Vaccination in Bombay 1869-1873 - 1869-1873
Year: 1869
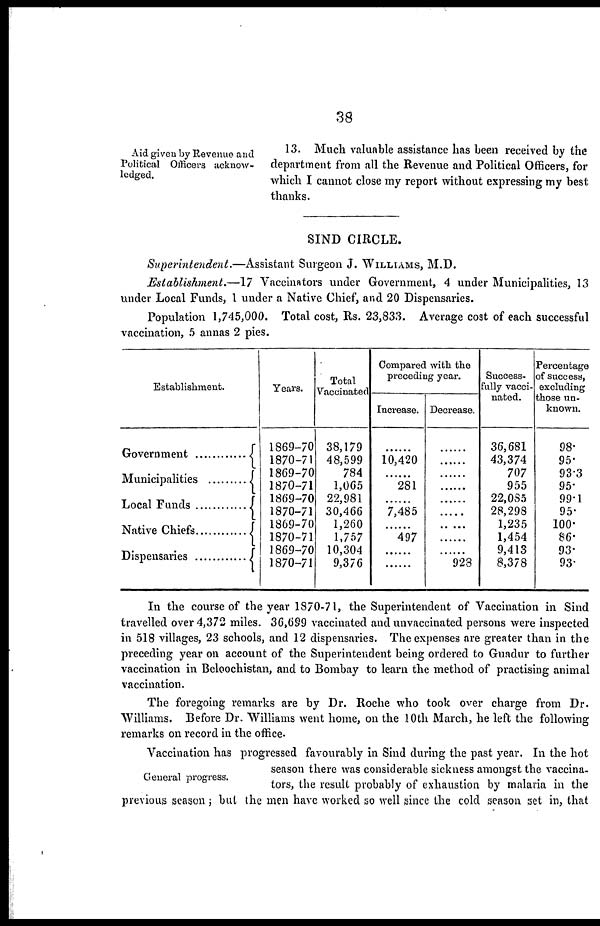
38
Aid given by Revenue and
Political Officers acknow-
ledged.
13. Much valuable assistance has been received by the
department from all the Revenue and Political Officers, for
which I cannot close my report without expressing my best
thanks.
SIND CIRCLE.
Superintendent.—Assistant
Surgeon J. WILLIAMS, M.D.
Establishment.—17
Vaccinators under Government, 4 under Municipalities, 13
under Local Funds, 1 under a Native Chief, and 20 Dispensaries.
Population 1,745,000. Total cost, Rs. 23,833. Average cost of each successful
vaccination, 5 annas 2 pies.
Establishment.
Government ................
Municipalities
..........
Local Funds .............
Native Chiefs
Dispensaries ..............
Years.
1869-70
1870-71
1869-70
1870-71
1869-70
1870-71
1869-70
1870-71
1869-70
1870-71
Total
Vaccinated.
38,179
48,599
784
1,065
22,981
30,466
1,260
1,757
10,304
9,376
Compared with the
preceding year.
Increase.
......
10,420
......
281
......
7,485
......
497
......
......
Decrease.
......
......
......
......
......
......
......
......
......
923
Success-
fully vacci-
nated.
36,681
43,374
707
955
22,085
28,298
1,235
1,454
9,413
8,378
Percentage
of success,
excluding
those un-
known.
98.
95.
93.3
95.
99.1
95.
100.
86.
93.
93.
In the course of the year 1870-71, the Superintendent of Vaccination in Sind
travelled over 4,372 miles. 36,699 vaccinated and unvaccinated persons were inspected
in 518 villages, 23 schools, and 12 dispensaries. The expenses are greater than in the
preceding year on account of the Superintendent being ordered to Guadur to further
vaccination in Beloochistan, and to Bombay to learn the method of practising animal
vaccination.
The foregoing remarks are by Dr. Roche who took over charge from Dr.
Williams. Before Dr. Williams went home, on the 10th March, he left the following
remarks on record in the office.
General progress.
Vaccination has progressed favourably in Sind during the past year. In the hot
season there was considerable sickness amongst the vaccina-
tors, the result probably of exhaustion by malaria in the
previous season; but the men have worked so well since the cold season set in, that